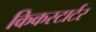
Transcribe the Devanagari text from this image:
किकस्टार्टर